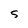
Character: S